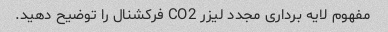
مفهوم لایه برداری مجدد لیزر CO2 فرکشنال را توضیح دهید.